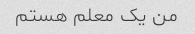
من یک معلم هستم